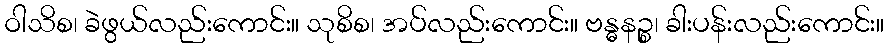
ဝါသိစ၊ ခဲဖွယ်လည်းကောင်း။ သုစိစ၊ အပ်လည်းကောင်း။ ဗန္ဓနဉ္စ၊ ခါးပန်းလည်းကောင်း။